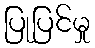
ပြုပြင်မှု